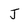
Character: J